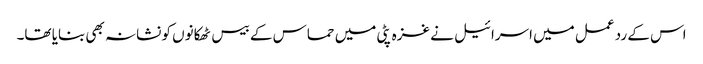
اس کے رد عمل میں اسرائیل نے غزہ پٹی میں حماس کے بیس ٹھکانوں کو نشانہ بھی بنایا تھا۔